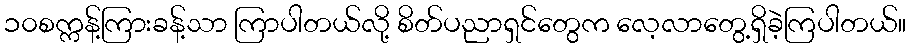
၁၀စက္ကန့်ကြားခန့်သာ ကြာပါတယ်လို့ စိတ်ပညာရှင်တွေက လေ့လာတွေ့ရှိခဲ့ကြပါတယ်။